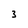
Character: 3